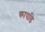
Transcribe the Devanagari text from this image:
कापडि